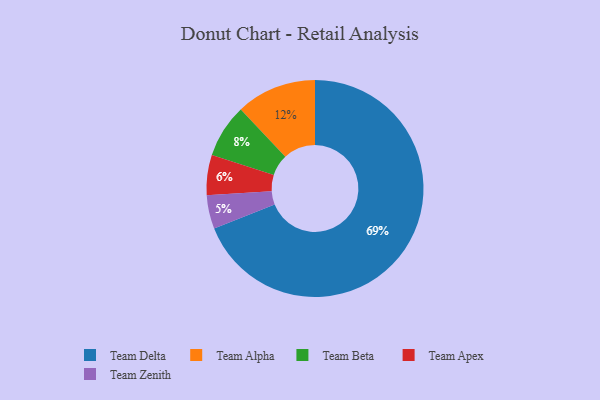
{"axis": {"x": "Category", "y": "Percentage"}, "legend": ["Team Alpha", "Team Apex", "Team Beta", "Team Delta", "Team Zenith"], "data": [{"x": "Team Beta", "y": 8, "type": "Team Beta"}, {"x": "Team Apex", "y": 6, "type": "Team Apex"}, {"x": "Team Zenith", "y": 5, "type": "Team Zenith"}, {"x": "Team Delta", "y": 69, "type": "Team Delta"}, {"x": "Team Alpha", "y": 12, "type": "Team Alpha"}]}